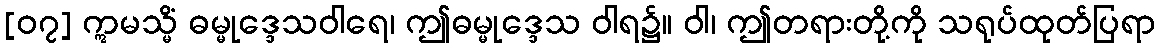
[၀၇] ဣမသ္မိံ ဓမ္မုဒ္ဒေသဝါရေ၊ ဤဓမ္မုဒ္ဒေသ ဝါရ၌။ ဝါ၊ ဤတရားတို့ကို သရုပ်ထုတ်ပြရာ